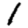
Digit: 1